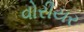
વોરીયર